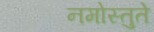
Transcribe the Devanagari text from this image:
नमोस्तुते